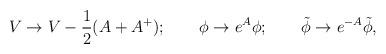
LaTeX: \begin{align*}V \to V - \frac{1}{2}(A+A^+);\qquad \phi\to e^{A}\phi;\qquad \tilde\phi\to e^{-A} \tilde\phi,\end{align*}